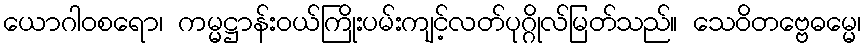
ယောဂါဝစရော၊ ကမ္မဋ္ဌာန်းဝယ်ကြိုးပမ်းကျင့်လတ်ပုဂ္ဂိုလ်မြတ်သည်။ သေဝိတဗ္ဗေဓမ္မေ၊